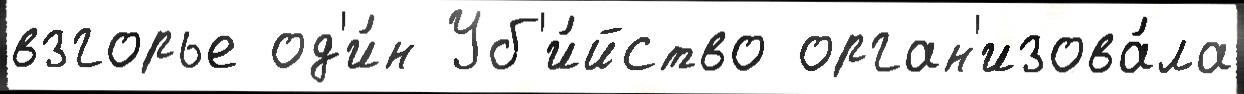
взгорье од'и́н Уб'и́йство орган'изова́ла